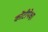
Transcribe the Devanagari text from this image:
कोंटीपेक्षा